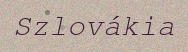
Szlovákia